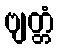
ဗျတ္တံ